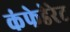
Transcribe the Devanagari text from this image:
कंफेडेरेट